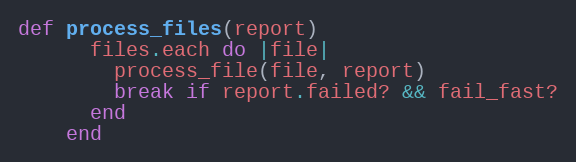
Language: Ruby
def process_files(report)
      files.each do |file|
        process_file(file, report)
        break if report.failed? && fail_fast?
      end
    end